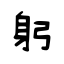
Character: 躬